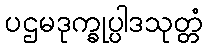
ပဌမဒုက္ခုပ္ပါဒသုတ္တံ